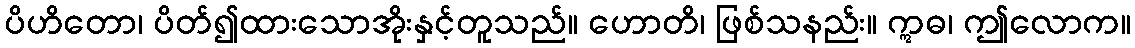
ပိဟိတော၊ ပိတ်၍ထားသောအိုးနှင့်တူသည်။ ဟောတိ၊ ဖြစ်သနည်း။ ဣဓ၊ ဤလောက။